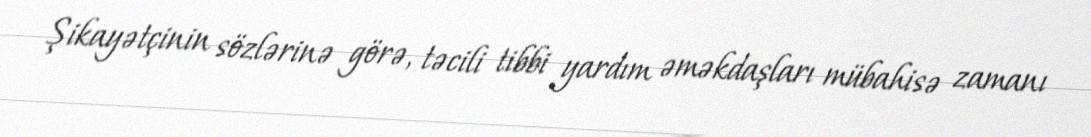
Şikayətçinin sözlərinə görə, təcili tibbi yardım əməkdaşları mübahisə zamanı